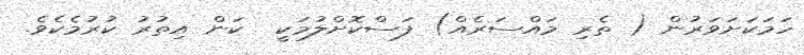
ހަމަކަށަވަރުން ( ތެރި މައްސަރެއް) ފަސްކޮށްލުމަކީ  ކަން އިތުރު ކުރުމެކެވެ.